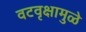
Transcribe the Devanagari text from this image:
वटवृक्षामुळे